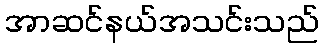
အာဆင်နယ်အသင်းသည်